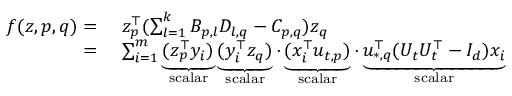
\begin{array} { r l } { f ( z , p , q ) = } & { ~ z _ { p } ^ { \top } ( \sum _ { l = 1 } ^ { k } B _ { p , l } D _ { l , q } - C _ { p , q } ) z _ { q } } \\ { = } & { ~ \sum _ { i = 1 } ^ { m } \underbrace { ( z _ { p } ^ { \top } y _ { i } ) } _ { \mathrm { s c a l a r } } \underbrace { ( y _ { i } ^ { \top } z _ { q } ) } _ { \mathrm { s c a l a r } } \cdot \underbrace { ( x _ { i } ^ { \top } u _ { t , p } ) } _ { \mathrm { s c a l a r } } \cdot \underbrace { u _ { * , q } ^ { \top } ( U _ { t } U _ { t } ^ { \top } - I _ { d } ) x _ { i } } _ { \mathrm { s c a l a r } } } \end{array}